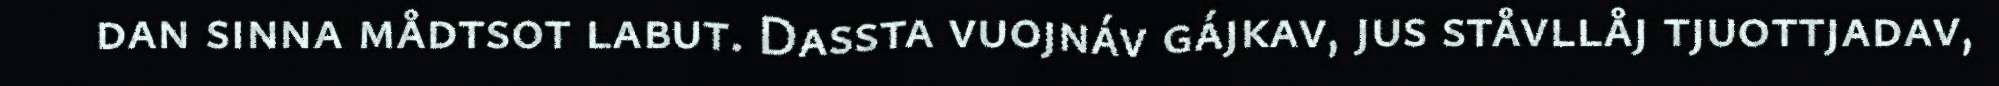
dan sinna mådtsot labut. Dassta vuojnáv gájkav, jus ståvllåj tjuottjadav,